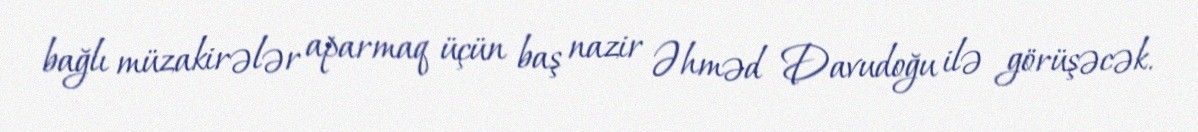
bağlı müzakirələr aparmaq üçün baş nazir Əhməd Davudoğu ilə görüşəcək.